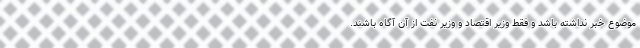
موضوع خبر نداشته باشد و فقط وزیر اقتصاد و وزیر نفت از آن آگاه باشند.